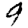
Digit: 9